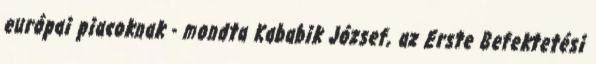
európai piacoknak - mondta Kababik József, az Erste Befektetési